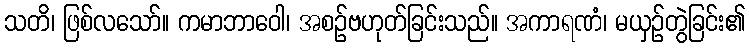
သတိ၊ ဖြစ်လသော်။ ကမာဘာဝေါ၊ အစဉ်ဗဟုတ်ခြင်းသည်။ အကာရဏံ၊ မယှဉ်တွဲခြင်း၏